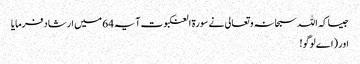
جیسا کہ اللہ سبحانہ و تعالی نے سورۃ العنکبوت آیہ 64 میں ارشاد فرمایا
اور (اے لوگو!